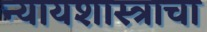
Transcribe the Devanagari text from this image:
न्यायशास्त्राचा